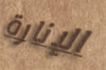
الإنارة